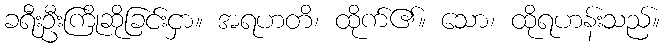
ခရီးဦးကြိုဆိုခြင်းငှာ။ အရဟတိ၊ ထိုက်၏။ သော၊ ထိုရဟန်းသည်။